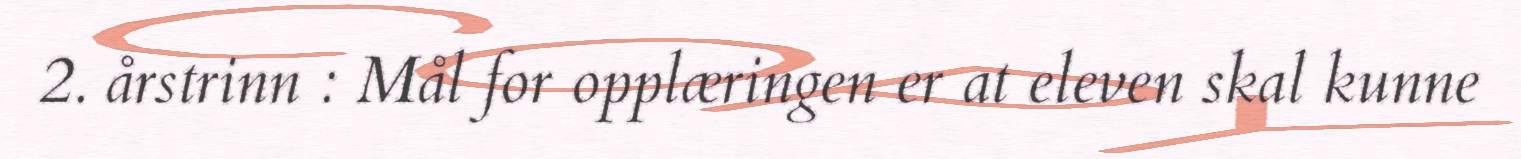
2. årstrinn : Mål for opplæringen er at eleven skal kunne